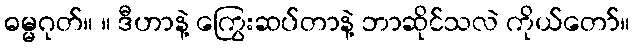
ဓမ္မဂုတ်။ ။ ဒီဟာနဲ့ ကြွေးဆပ်တာနဲ့ ဘာဆိုင်သလဲ ကိုယ်တော်။